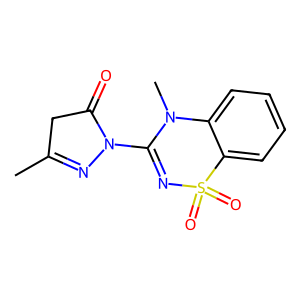
SMILES: CC1=NN(C2=NS(=O)(=O)c3ccccc3N2C)C(=O)C1
Inhibits HIV replication: No